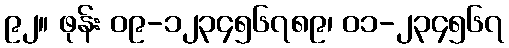
၉၂။ ဖုန်း ၀၉-၁၂၃၄၅၆၇၈၉၊ ၀၁-၂၃၄၅၆၇